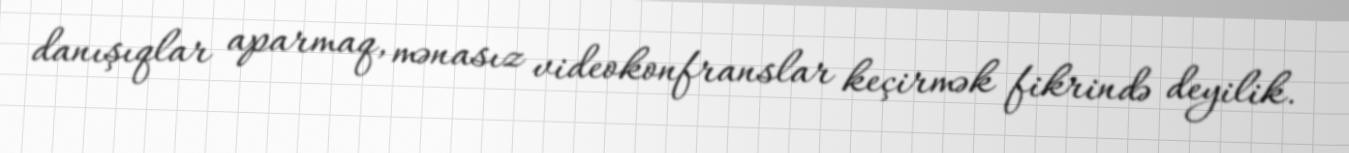
danışıqlar aparmaq, mənasız videokonfranslar keçirmək fikrində deyilik.